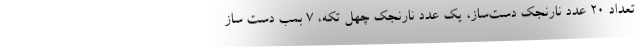
تعداد ۲۰ عدد نارنجک دست‌ساز، یک عدد نارنجک چهل تکه، ۷ بمب دست ساز